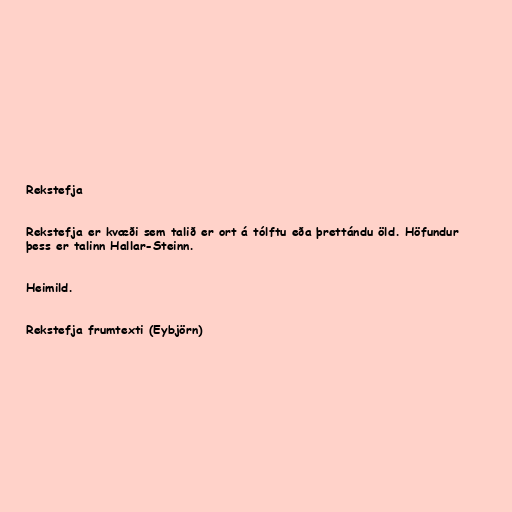
Rekstefja

Rekstefja er kvæði sem talið er ort á tólftu eða þrettándu öld. Höfundur
þess er talinn Hallar-Steinn.

Heimild.

Rekstefja frumtexti (Eybjörn)